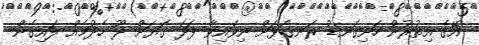
އޭގެ އިތުރުން ހަށިގަނޑު ރަނގަޅަށް ނިވައިވާ ފަދަ ގަޔަށް ދޫ ހެދުމެއް ލައިގެން